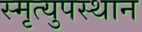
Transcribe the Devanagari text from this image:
स्मृत्युपस्थान